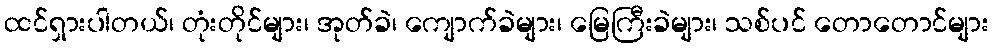
ထင်ရှားပါတယ်၊ တုံးတိုင်များ၊ အုတ်ခဲ၊ ကျောက်ခဲများ၊ မြေကြီးခဲများ၊ သစ်ပင် တောတောင်များ